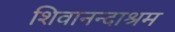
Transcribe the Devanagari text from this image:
शिवानन्दाश्रम